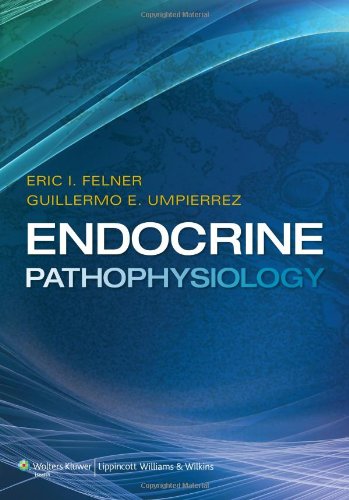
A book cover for Endocrine Pathophysiology; Dr. Eric I. Felner MD  MSCR; Medical Books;